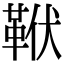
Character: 𩊙